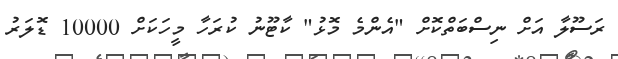
ރަސޫލާ އަށް ނިސްބަތްކޮށް "އެންމެ މޮޅު" ކާޓޫނު ކުރަހާ މީހަކަށް 10000 ޑޮލަރު